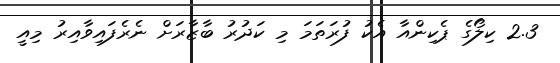
2.3 ކިލޯގެ ޕެކިންއާ އެކު ފުރަތަމަ މި ކަދުރު ބާޒާރަށް ނެރެފައިވާއިރު މިއީ